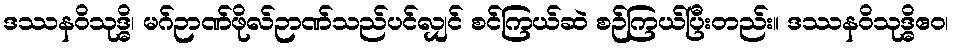
ဒဿနဝိသုဒ္ဓိ၊ မဂ်ဉာဏ်ဖိုလ်ဉာဏ်သည်ပင်လျှင် စင်ကြယ်ဆဲ စဉ်ကြယ်ပြီးတည်း။ ဒဿနဝိသုဒ္ဓိဧဝ၊